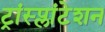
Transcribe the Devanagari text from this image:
ट्रांस्प्लांटेशन